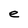
Character: e